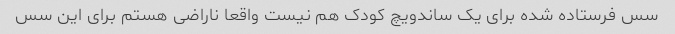
سس فرستاده شده برای یک ساندویچ کودک هم نیست واقعا ناراضی هستم برای این سس